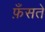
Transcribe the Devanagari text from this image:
फ़ँसते